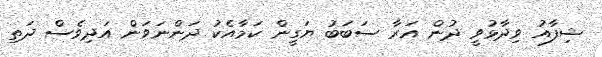
ޝިފާއު ވިދާޅުވީ ދުން އަރާ ސަބަބު ޔަގީން ކަމާއެކު ދަންނަވަން އަދިވެސް ދަތި